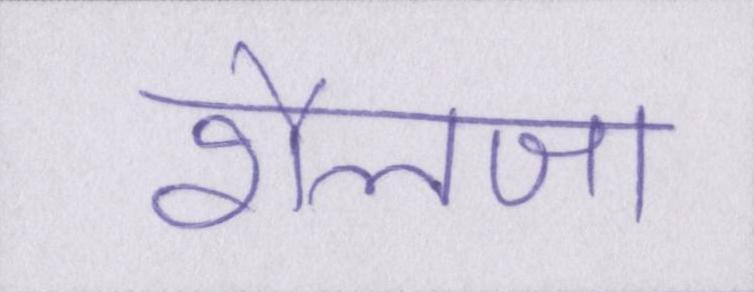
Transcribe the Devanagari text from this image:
शैलजा